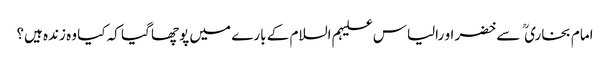
امام بخاری  سے خضر او رالیاس علیہم السلام کے بارے میں پوچھا گیا کہ کیا وہ زندہ ہیں؟